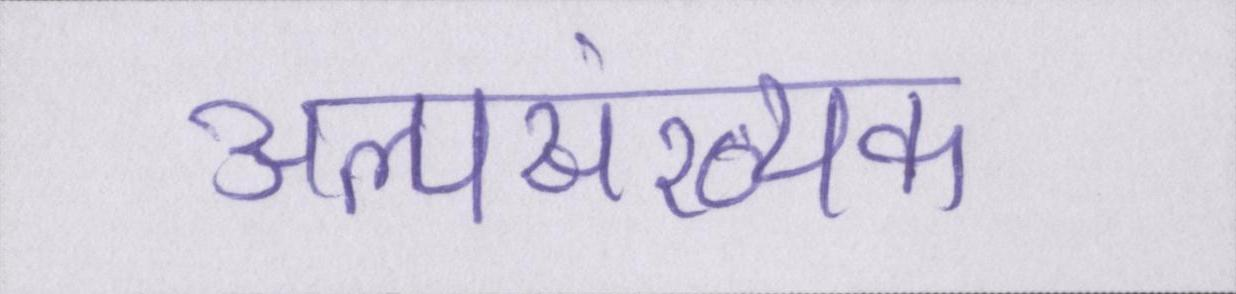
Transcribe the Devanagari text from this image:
अल्पसंख्यक